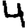
Digit: 4